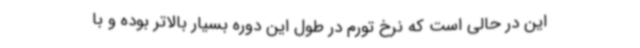
این در حالی است که نرخ تورم در طول این دوره بسیار بالاتر بوده و با